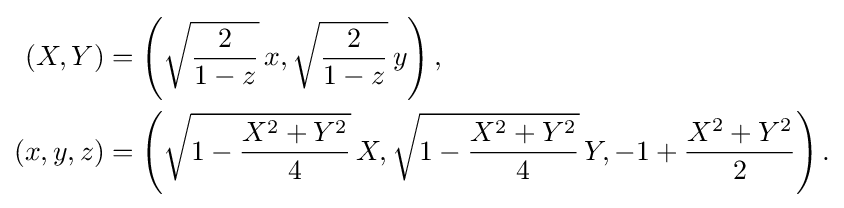
{\begin{aligned}(X,Y)&=\left({\sqrt {\frac {2}{1-z}}}\,x,{\sqrt {\frac {2}{1-z}}}\,y\right),\\(x,y,z)&=\left({\sqrt {1-{\frac {X^{2}+Y^{2}}{4}}}}\,X,{\sqrt {1-{\frac {X^{2}+Y^{2}}{4}}}}\,Y,-1+{\frac {X^{2}+Y^{2}}{2}}\right).\end{aligned}}